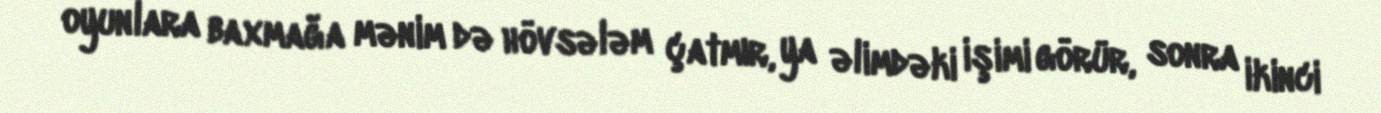
oyunlara baxmağa mənim də hövsələm çatmır, ya əlimdəki işimi görür, sonra ikinci